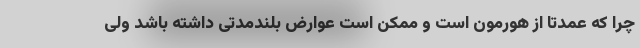
چرا که عمدتا از هورمون است و ممکن است عوارض بلندمدتی داشته باشد ولی